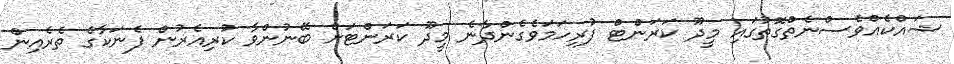
ޝައްކެއްވެސްނެތްގޮތުގައި މީދޫ ކަރަންޓް ފުރިހަމަވެގެންދާނެ މީދޫ ކަރަންޓަށް ބޭނުންވާ ކުރިއެރުން ފެނަކާގެ ތެރެއިން